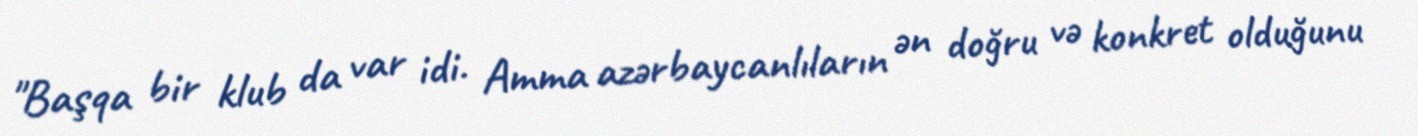
"Başqa bir klub da var idi. Amma azərbaycanlıların ən doğru və konkret olduğunu